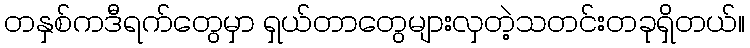
တနှစ်ကဒီရက်တွေမှာ ရှယ်တာတွေများလှတဲ့သတင်းတခုရှိတယ်။